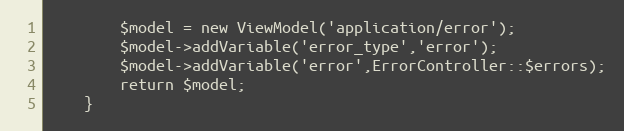
Language: PHP
		$model = new ViewModel('application/error');
		$model->addVariable('error_type','error');
		$model->addVariable('error',ErrorController::$errors);
		return $model;
	}